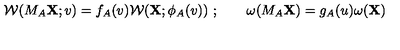
{ \cal W } ( M _ { A } { \bf X } ; v ) = f _ { A } ( v ) { \cal W } ( { \bf X } ; \phi _ { A } ( v ) ) \ ; \qquad \omega ( M _ { A } { \bf X } ) = g _ { A } ( u ) \omega ( { \bf X } )